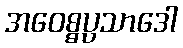
အဝေစ္စပ္ပသာဒေါ